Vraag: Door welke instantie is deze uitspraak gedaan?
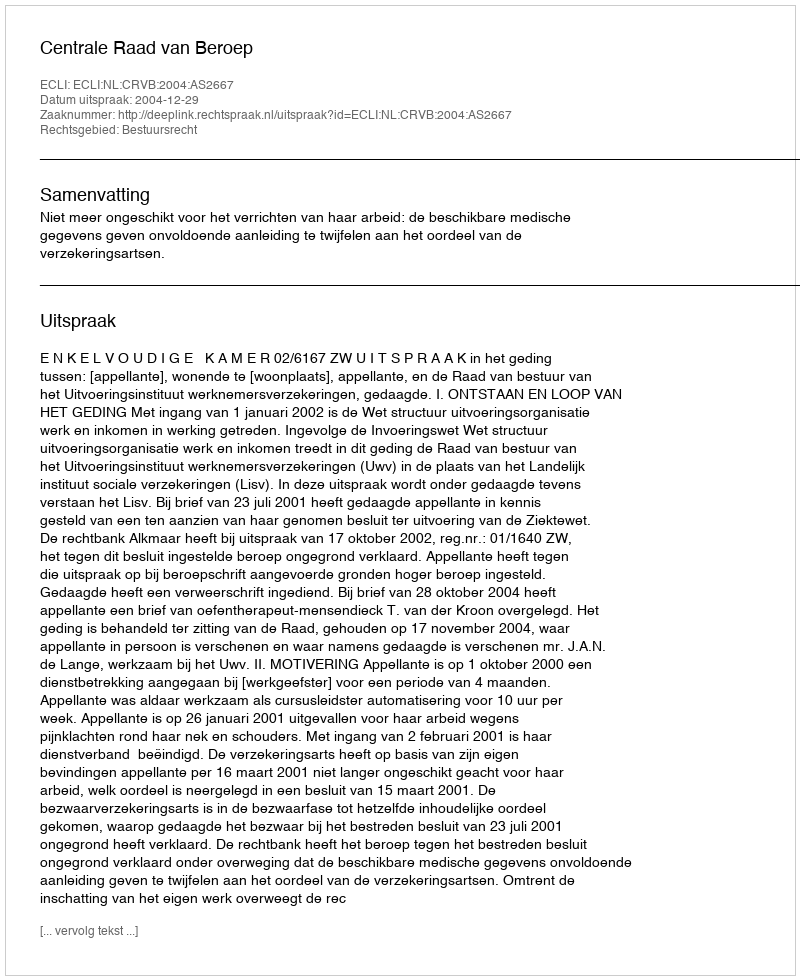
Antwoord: Centrale Raad van Beroep